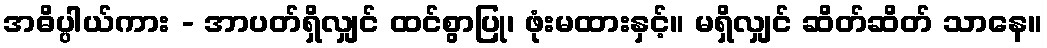
အဓိပ္ပါယ်ကား - အာပတ်ရှိလျှင် ထင်စွာပြု၊ ဖုံးမထားနှင့်။ မရှိလျှင် ဆိတ်ဆိတ် သာနေ။